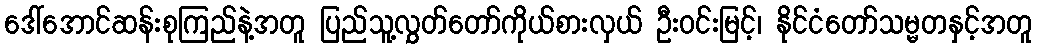
ဒေါ်အောင်ဆန်းစုကြည်နဲ့အတူ ပြည်သူ့လွှတ်တော်ကိုယ်စားလှယ် ဦးဝင်းမြင့်၊ နိုင်ငံတော်သမ္မတနှင့်အတူ